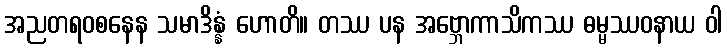
အညတရဝစနေန သမာဒိန္နံ ဟောတိ။ တဿ ပန အဗ္ဘောကာသိကဿ ဓမ္မဿဝနာယ ဝါ